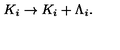
K _ { i } \rightarrow K _ { i } + \Lambda _ { i } .